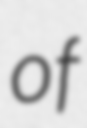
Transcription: of